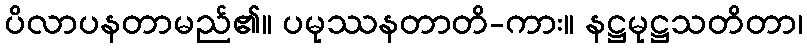
ပိလာပနတာမည်၏။ ပမုဿနတာတိ-ကား။ နဋ္ဌမုဋ္ဌသတိတာ၊